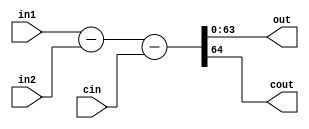
module SUB64 #(parameter SIZE = 64)(input [SIZE-1:0] in1, in2, 
    input cin, output [SIZE-1:0] out, output cout);
assign {cout, out} = in1 - in2 - cin;
endmodule